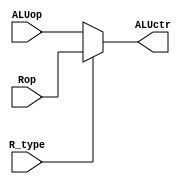
`timescale 1ns / 1ps
//////////////////////////////////////////////////////////////////////////////////
// Company: 
// Engineer: 
// 
// Design Name: 
// Module Name: MUX3_2to1
// Project Name: 
// Target Devices: 
// Tool Versions: 
// Description: 
// 
// Dependencies: 
// 
// Revision:
// Revision 0.01 - File Created
// Additional Comments:
// 
//////////////////////////////////////////////////////////////////////////////////


module MUX3_2to1(
input [2:0] Rop,
input [2:0] ALUop,
input R_type,
output [2:0] ALUctr
    );
    assign ALUctr=(R_type==1)?Rop:ALUop;
endmodule